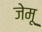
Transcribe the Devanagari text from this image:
जेमू